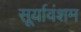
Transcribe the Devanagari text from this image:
सूर्यावंशम